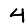
Digit: 4